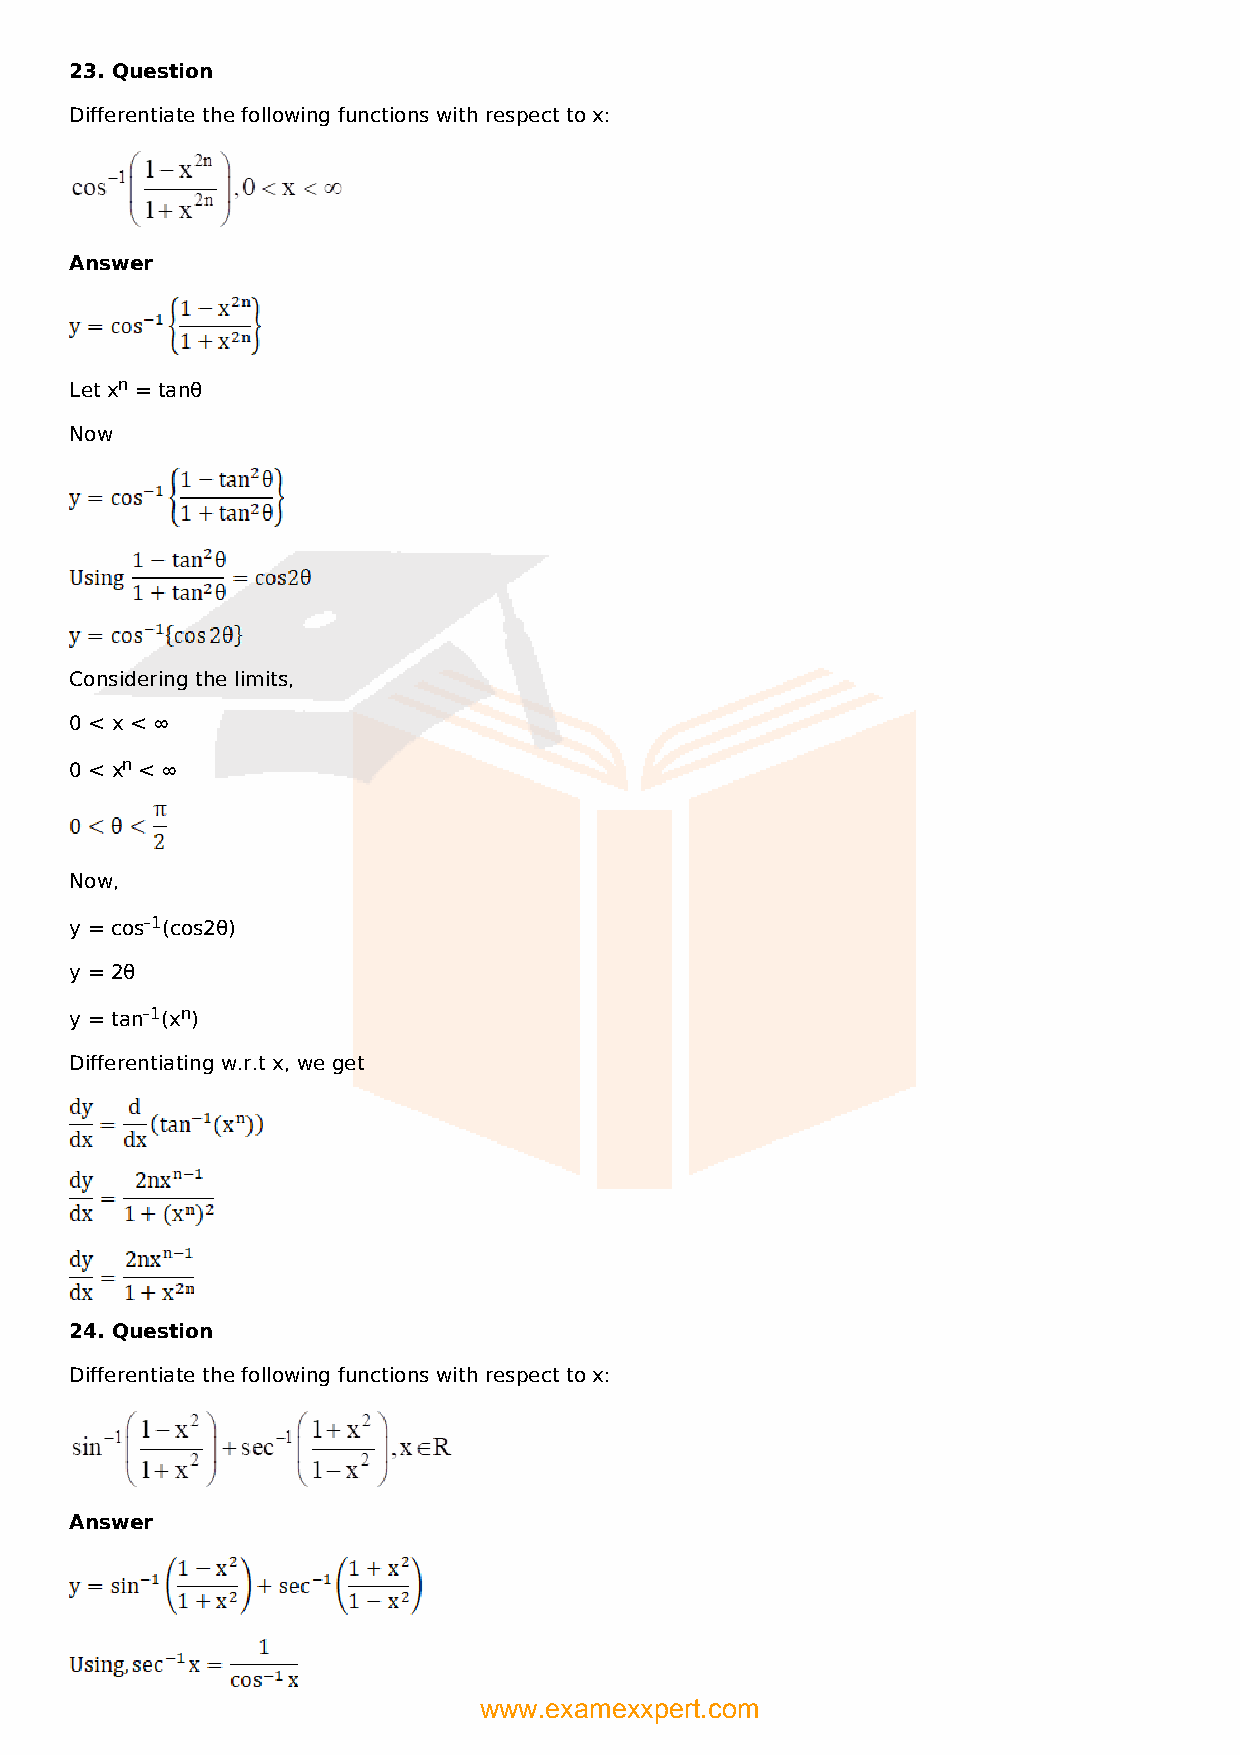
23. Question
 Differentiate the following functions with respect to x:
 Answer
 Let xn = tanθ
 Now
 Considering the limits,
 0 < x < ∞
 0 < xn < ∞
 Now,
 y = cos–1(cos2θ)
 y = 2θ
 y = tan–1(xn)
 Differentiating w.r.t x, we get
 24. Question
 Differentiate the following functions with respect to x:
 Answer
 www.examexxpert.com